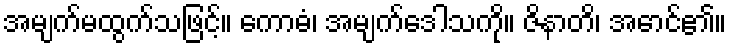
အမျက်မထွက်သဖြင့်။ ကောဓံ၊ အမျက်ဒေါသကို။ ဇိနာတိ၊ အောင်၏။